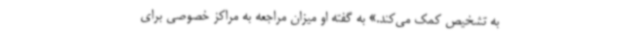
به تشخیص کمک می‌کند.» به گفته او میزان مراجعه به مراکز خصوصی برای